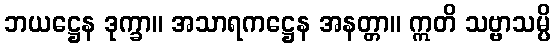
ဘယဋ္ဌေန ဒုက္ခာ။ အသာရကဋ္ဌေန အနတ္တာ။ ဣတိ သဗ္ဗာသမ္ပိ